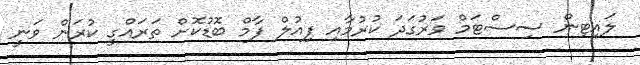
ލައިޓިން ސިސްޓަމް ވަރުގަދަ ކުރުމާއި ފިއުލް ފާމް ބޮޑުކޮށް ތަރައްގީ ކުރަން ވަނީ